NAE_EAOK_eestikeelsed_sunnimeetrikad, lk 20
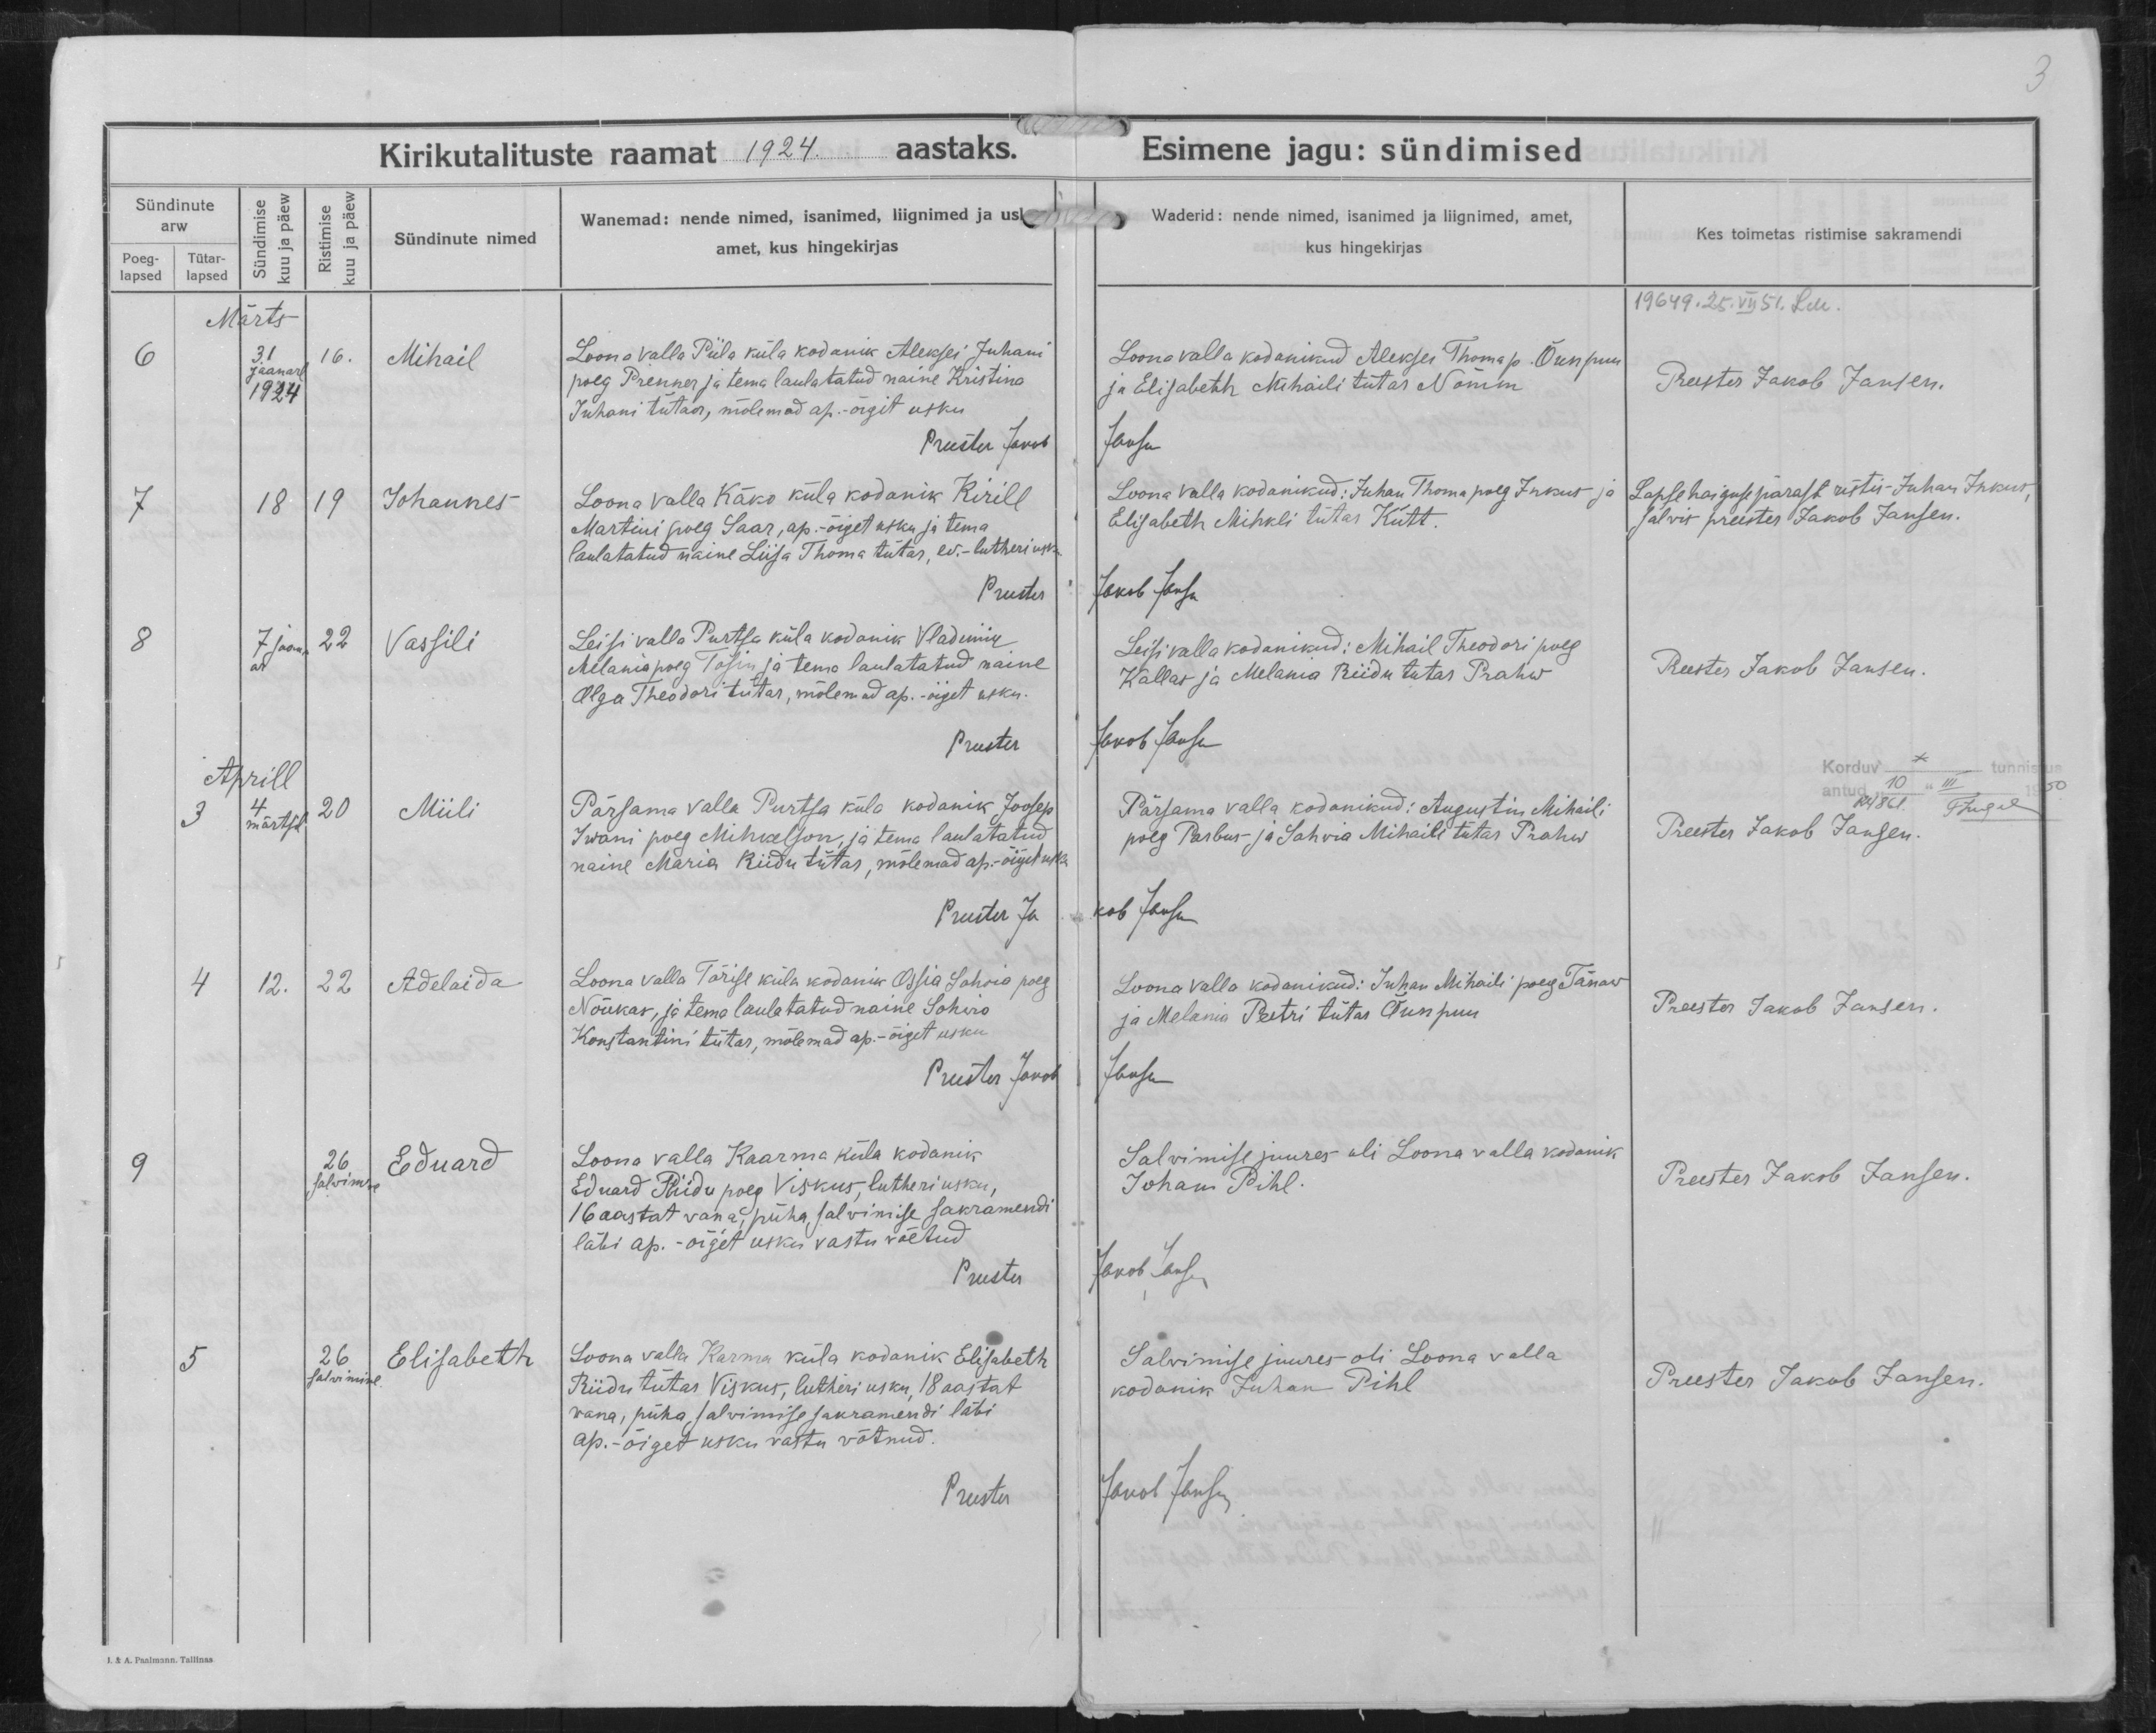
Mihail

Johannes

Vassili

Miili

Adelaida

Eduard

Elisabeth

Loona valla Piila küla kodanik Aleksei Juhani
poeg Pienner ja tema laulatatud naine Kristina
Junai tüttar, mõlemad ap.-õiget usku

Loona valla Käko küla kodanik Kirill
Martini poeg Saar, ap.-õiget usku ja tema
laulatatud naine Liisa Thoma tütarm ev.-lutheri usku.

Leisi valla Purtsa küla kodanik Vladimir
Melania poeg Tofin ja tema laulatatud naine
Olga Theodori tütar, mõlemad ap.-õiget usku.

Pärsama valla Purtsa küla kodanik Joosep
Iwani poeg Mihkelson, ja tema laulatatud
naine Maria Riidu tütar, mõlemad ap.-õiget usku

Loona valla Tärise küla kodanik Ossia Sohvia poeg
Nõukar, ja tema laulatatud naine Sohvia
Konstantini tütar, mõlemad ap.-õiget usku.

Loona valla Kaarma küla kodanik
Eduard Riidu poeg Viskus, lutheri usku,
16 aastat vana, põha salvimise sakramendi
läbi ap.-õiget usku vastu võetud.

Loona valla Karma küla kodanik Elisabeth
Riidu tütar Viskus, lutheri usku, 18 aastat
vana, püha salvimise sakramendi läbi
ap.-õiget usku vastu võtnud.